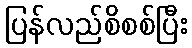
ပြန်လည်စိစစ်ပြီး